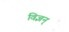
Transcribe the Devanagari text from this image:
विज्ञन्